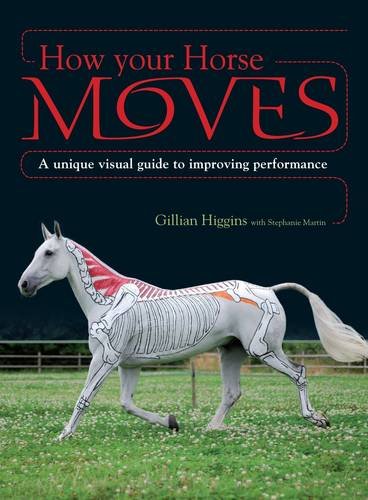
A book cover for How Your Horse Moves: A unique visual guide to improving performance; Gillian Higgins; Crafts, Hobbies & Home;